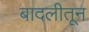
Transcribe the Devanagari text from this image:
बादलीतून